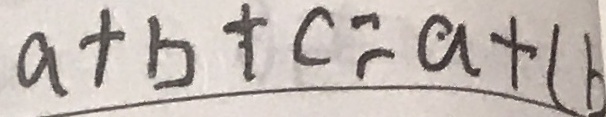
a + b + c = a + ( b